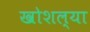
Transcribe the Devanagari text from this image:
खोशल्या